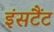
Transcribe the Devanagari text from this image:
इंसटैंट